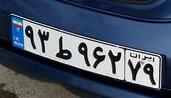
۹۳ط۹۶۲۷۹